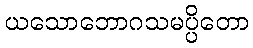
ယသောဘောဂသမပ္ပိတော